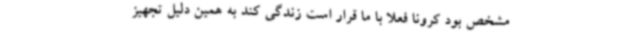
مشخص بود کرونا فعلاً با ما قرار است زندگی کند به همین دلیل تجهیز